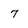
Character: 7